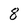
Character: 8